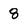
Character: 8